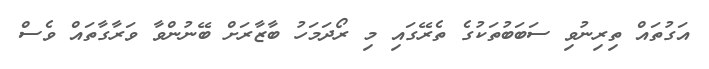
އަގުތައް ތިރިނުވި ސަބަބުތަކުގެ ތެރޭގައި މި ރޯދަމަހު ބާޒާރަށް ބޭނުންވާ ވަރާގާތައް ވެސް